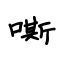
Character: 嘶